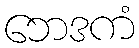
ဘေဒကံ